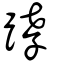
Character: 踍